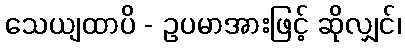
သေယျထာပိ - ဥပမာအားဖြင့် ဆိုလျှင်၊